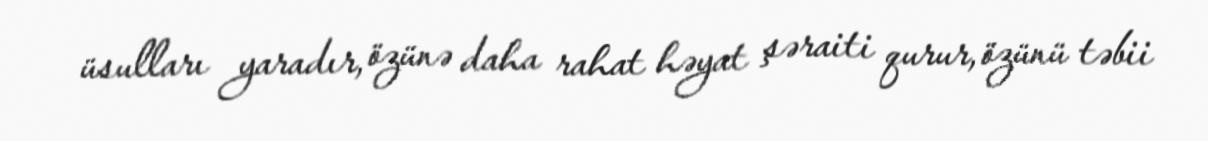
üsulları yaradır, özünə daha rahat həyat şəraiti qurur, özünü təbii